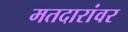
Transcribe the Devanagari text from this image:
मतदारांवर